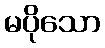
မပိုသော